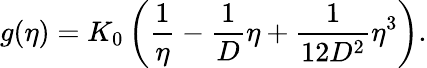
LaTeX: g(\eta)=K_{0}\left(\frac{1}{\eta}-\frac{1}{D}\eta+\frac{1}{12D^{2}}\eta^{3}\right).